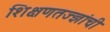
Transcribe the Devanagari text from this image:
शिक्षणतज्ज्ञांची